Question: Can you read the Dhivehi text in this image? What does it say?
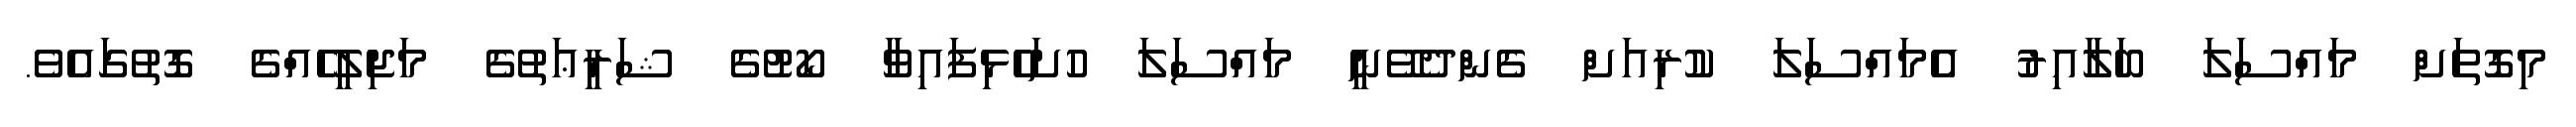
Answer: މިގޮތަށް މައްސަލަ ބަލާއިރު އެމައްސަލަ ކުރިއަށް ގެންދެވޭނީ މައްސަލަ ހުށަހެޅިފައިވާ ކޯޓުގެ ޝަރީޢަތުގެ މަޖިލީހެއްގެ ގޮތުގައެވެ.